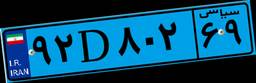
۳۳D۸۰۱۵۷